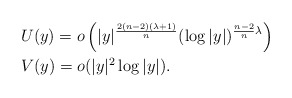
\begin{align*} &U(y)=o\left(|y|^{\frac{2(n-2)(\lambda+1)}{n}} (\log |y|)^{\frac{n-2}{n}\lambda} \right)\\ &V(y)=o(|y|^2 \log |y|). \end{align*}